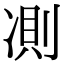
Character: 𠗧